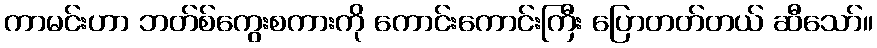
ကာမင်းဟာ ဘတ်စ်ကွေးစကားကို ကောင်းကောင်းကြီး ပြောတတ်တယ် ဆီသော်။